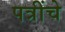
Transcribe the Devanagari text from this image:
पत्रींचे